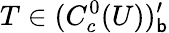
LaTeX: T\in(C_{c}^{0}(U))_{\mathsf{b}}^{\prime}